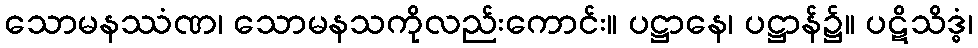
သောမနဿံဏ၊ သောမနသကိုလည်းကောင်း။ ပဋ္ဌာနေ၊ ပဋ္ဌာန်၌။ ပဋိသိဒ္ဓံ၊